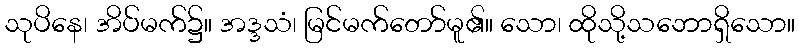
သုပိနေ၊ အိပ်မက်၌။ အဒ္ဒသံ၊ မြင်မက်တော်မူ၏။ သော၊ ထိုသို့သဘောရှိသော။